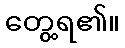
တွေ့ရ၏။